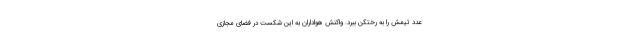
عدد تیمش را به رختکن ببرد. واکنش هواداران به این شکست در فضای مجازی